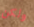
ولكن